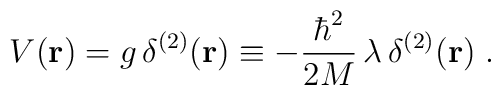
V({\bf r}) =  g \, \delta^{(2)}  ({\bf r} ) \equiv -  \frac{\hbar^{2}}{ 2M} \,  \lambda\,\delta^{(2)}  ({\bf r} ) \; .